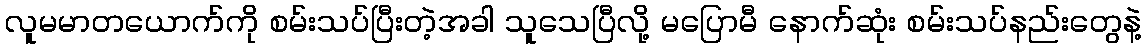
လူမမာတယောက်ကို စမ်းသပ်ပြီးတဲ့အခါ သူသေပြီလို့ မပြောမီ နောက်ဆုံး စမ်းသပ်နည်းတွေနဲ့